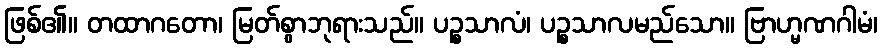
ဖြစ်၏။ တထာဂတော၊ မြတ်စွာဘုရားသည်။ ပဉ္စသာလံ၊ ပဉ္စသာလမည်သော။ ဗြာဟ္မဏဂါမံ၊